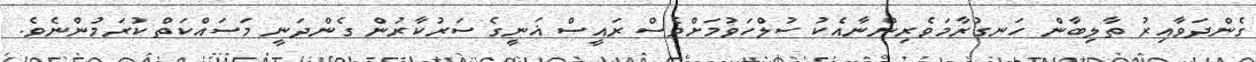
ގެންދަވާއިރު ތާލިބާން ހަނގުރާމަވެރިންނާއެކު ސުލްހަވުމަށްވެސް ރައީސް ޣަނީގެ ސަރުކާރުން ގެންދަނީ މަސައްކަތް ކުރަމުންނެވެ.